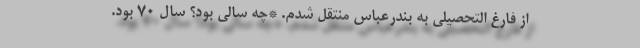
از فارغ التحصیلی به بندرعباس منتقل شدم. *چه سالی بود؟ سال 70 بود.